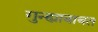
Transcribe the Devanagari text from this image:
गुन्ह्याबाबत